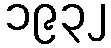
၁၉၃၂